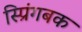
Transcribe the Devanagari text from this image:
स्प्रिंगबक